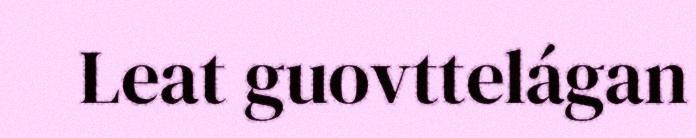
Leat guovttelágan